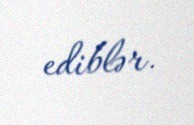
ediblər.